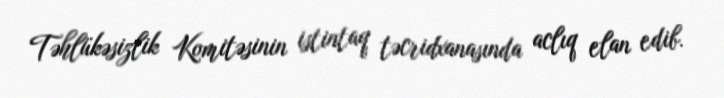
Təhlükəsizlik Komitəsinin istintaq təcridxanasında aclıq elan edib.